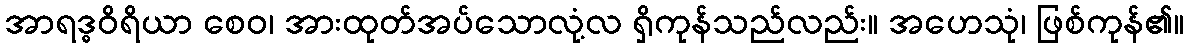
အာရဒ္ဓဝိရိယာ စေဝ၊ အားထုတ်အပ်သောလုံ့လ ရှိကုန်သည်လည်း။ အဟေသုံ၊ ဖြစ်ကုန်၏။